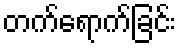
တက်ရောက်ခြင်း